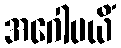
အဂေါပယိံ